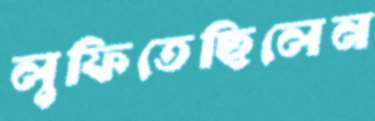
লুফিতেছিলেন